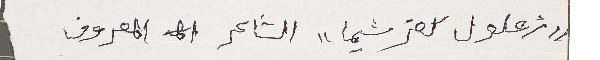
"زعلول كفرشيما" الشاعر المعروف